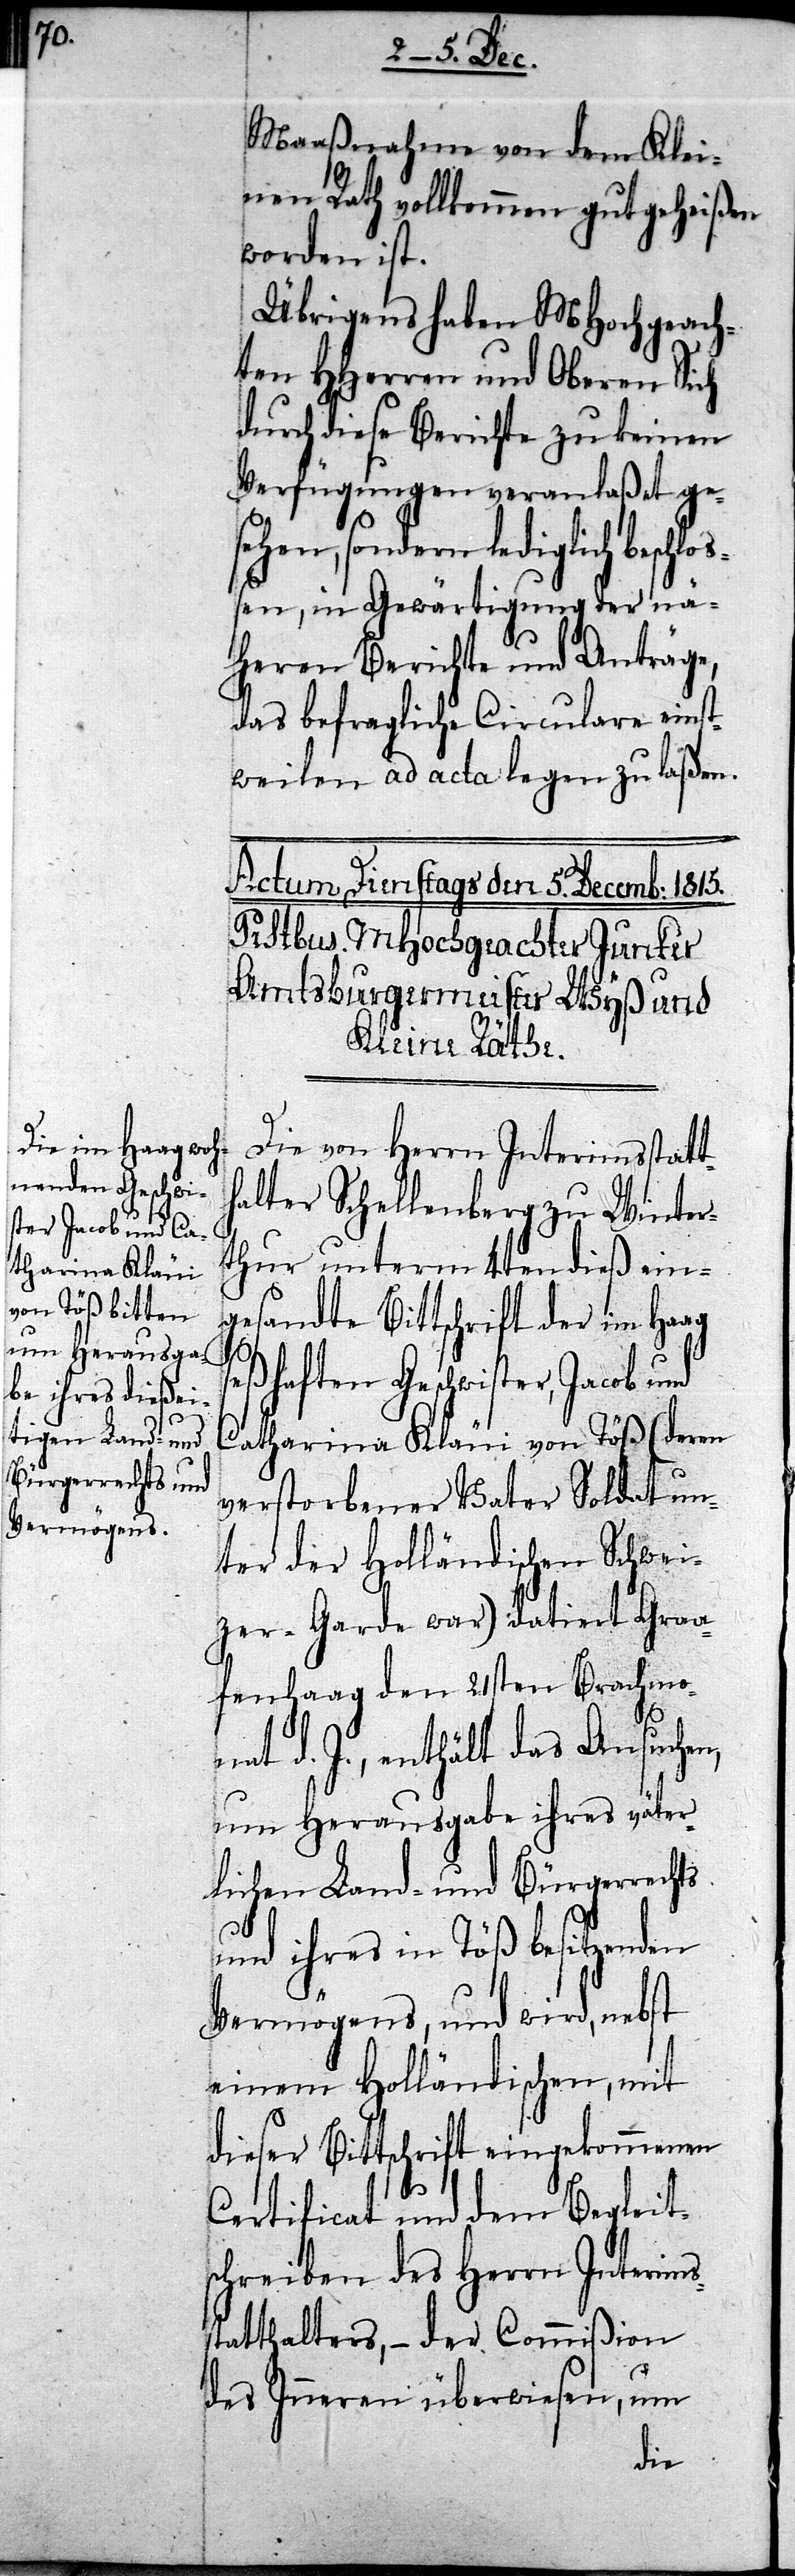
haften Geschwi¬
ster, Jacob und Ca¬
seß¬

Maaßnahme von dem Klei¬
nen Rath vollkommen gutgeheißen
worden ist.
Übrigens haben MHochgeach¬
ten HHerren und Oberen Sich
durch diese Berichte zu keinen
Verfügungen veranlaßet ge¬
sehen, sondern lediglich beschl¬
en, in Gewärtigung der nä¬
heren Berichte und Anträge,
das befragliche Circulare einst¬
weilen ad acta legen zu laßen.
Die von Herrn Interimsstatt¬
halter Schellenberg zu Winter¬
thur unterm 4ten dieß ein¬
gesandte Bittschrift der im Haag
tharina Kläui von Töß (deren
verstorbener Vater Soldat un¬
ter der Holländischen Schwei¬
zer-Garde war) datiert Graa¬
fenhaag den 21sten Brachmo¬
nat d. J., enthält das Ansuchen,
um Herausgabe ihres väter¬
lichen Land- und Bürgerrechts
und ihres in Töß besitzenden
Vermögens, und wird, nebst
einem Holländischen, mit
dieser Bittschrift eingekommenen
Certificat und dem Begleits¬
chreiben des Herrn Interims¬
statthalters, – der Commißion
des Inneren überwiesen, um